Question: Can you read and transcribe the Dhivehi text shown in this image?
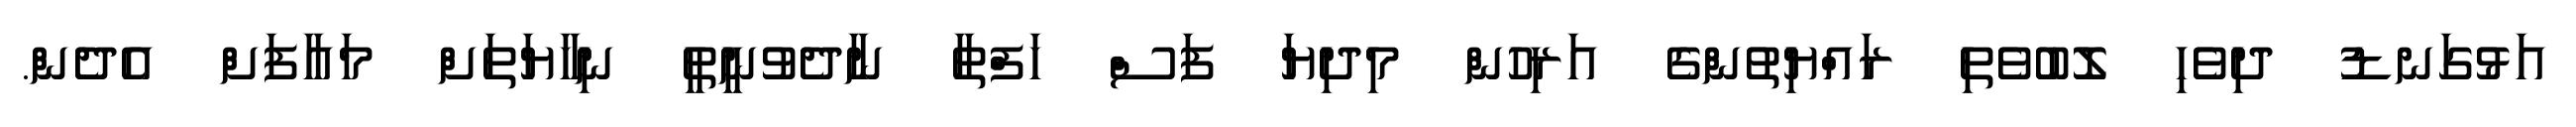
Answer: އަޅުގަނޑު ދިވެހި ލޮބުވެތި ރައްޔިތުންގެ އަރިހުން މިދިޔަ ފަސް ހަފްތާ ނާދެވުނީތީ ނިހާޔަތަށް މައާފަށް އެދެން.